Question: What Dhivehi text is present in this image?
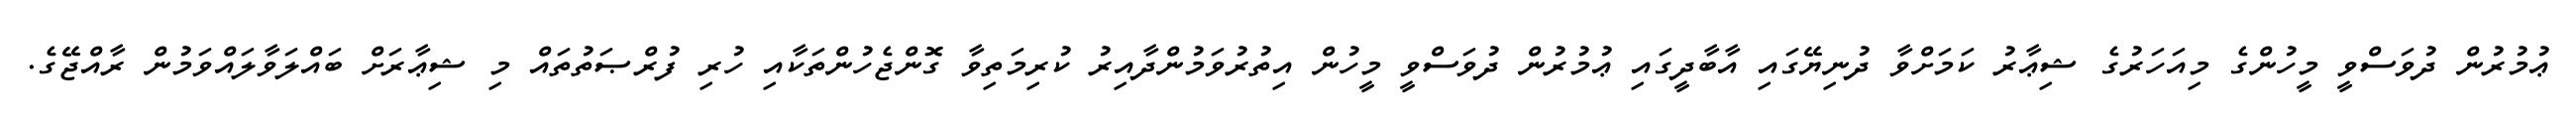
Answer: ޢުމުރުން ދުވަސްވީ މީހުންގެ މިއަހަރުގެ ޝިޢާރު ކަމަށްވާ ދުނިޔޭގައި އާބާދީގައި ޢުމުރުން ދުވަސްވީ މީހުން އިތުރުވަމުންދާއިރު ކުރިމަތިވާ ގޮންޖެހުންތަކާއި ހުރި ފުރްޞަތުތައް މި ޝިޢާރަށް ބައްލަވާލައްވަމުން ރާއްޖޭގެ.